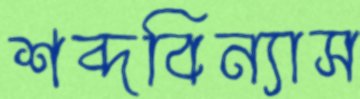
শব্দবিন্যাস